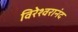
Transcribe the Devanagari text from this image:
विरेश्वरानंद